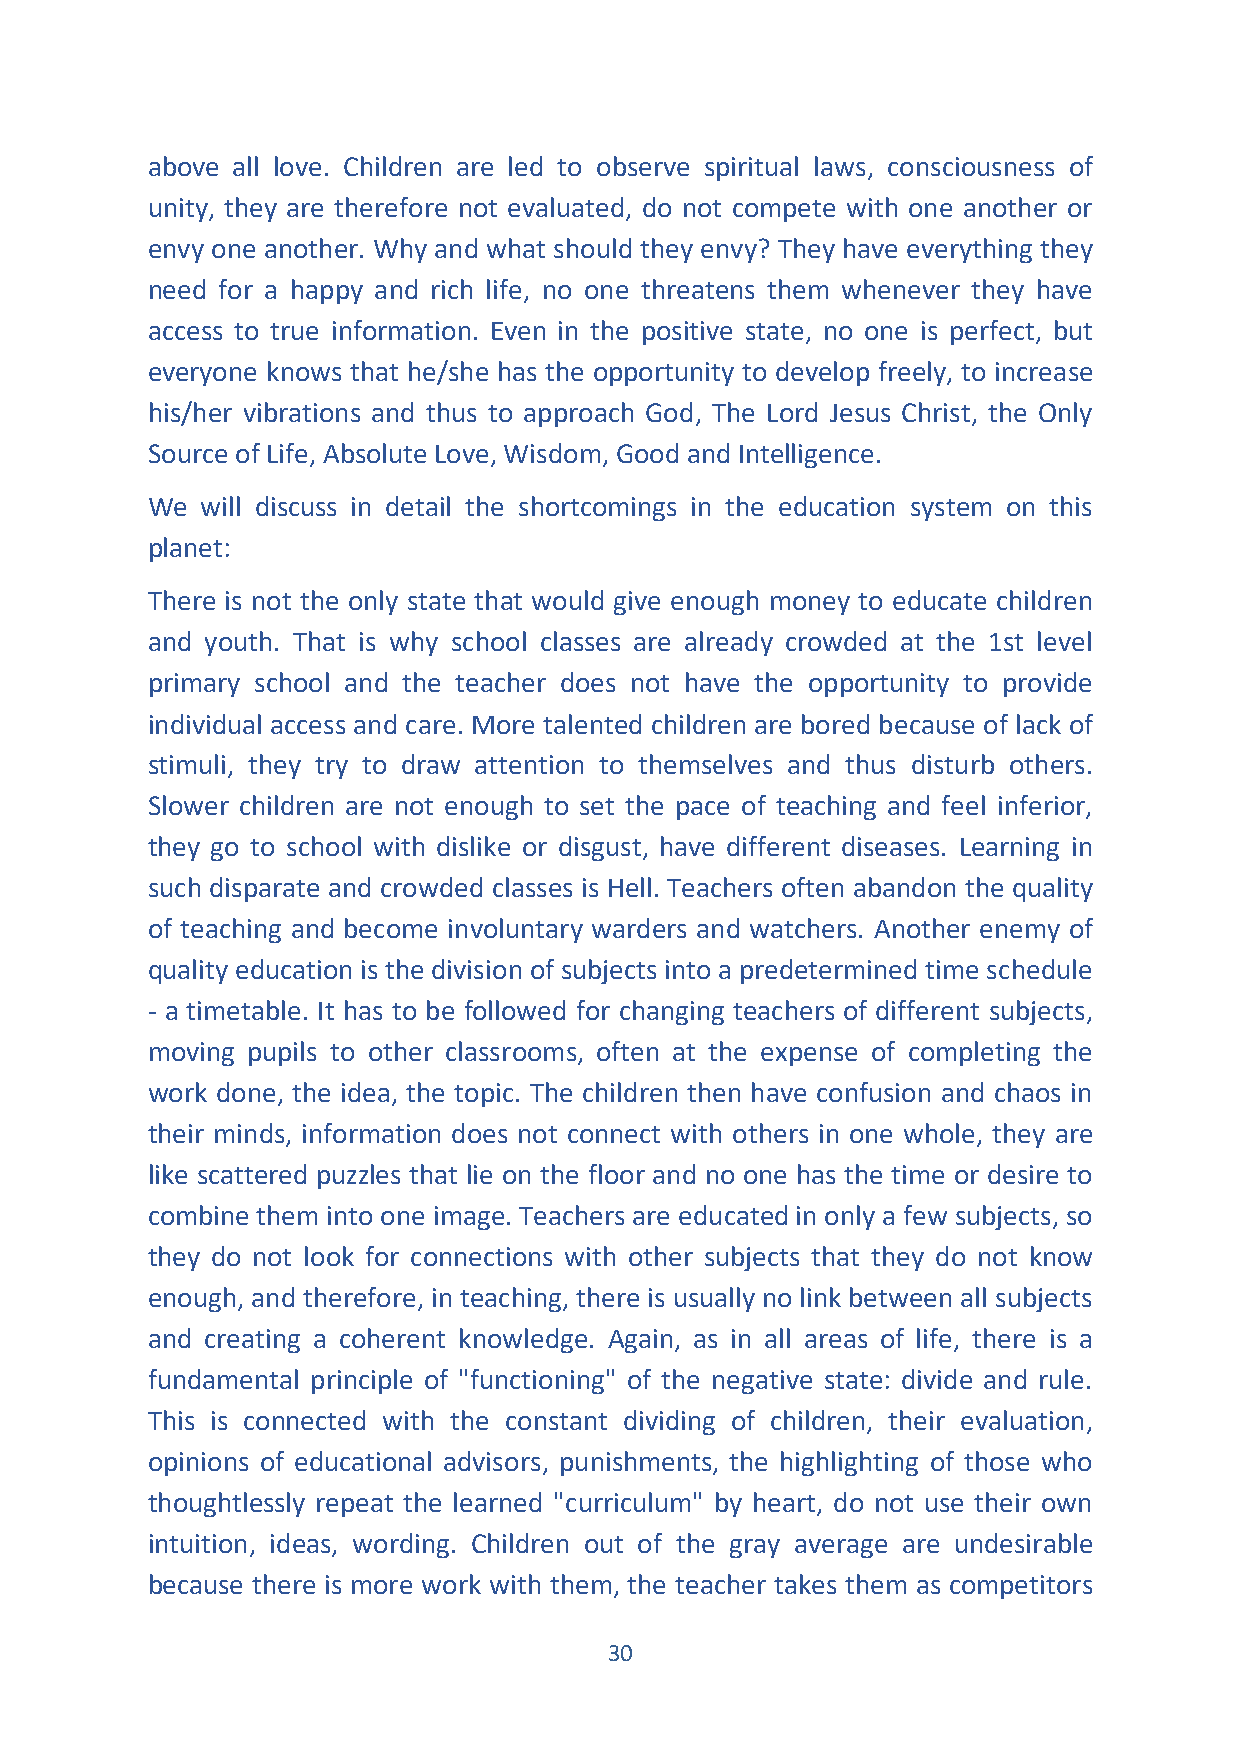
above all love. Children are led to observe spiritual laws, consciousness of
 unity, they are therefore not evaluated, do not compete with one another or
 envy one another. Why and what should they envy? They have everything they
 need for a happy and rich life, no one threatens them whenever they have
 access to true information. Even in the positive state, no one is perfect, but
 everyone knows that he/she has the opportunity to develop freely, to increase
 his/her vibrations and thus to approach God, The Lord Jesus Christ, the Only
 Source of Life, Absolute Love, Wisdom, Good and Intelligence.
 We will discuss in detail the shortcomings in the education system on this
 planet:
 There is not the only state that would give enough money to educate children
 and youth. That is why school classes are already crowded at the 1st level
 primary school and the teacher does not have the opportunity to provide
 individual access and care. More talented children are bored because of lack of
 stimuli, they try to draw attention to themselves and thus disturb others.
 Slower children are not enough to set the pace of teaching and feel inferior,
 they go to school with dislike or disgust, have different diseases. Learning in
 such disparate and crowded classes is Hell. Teachers often abandon the quality
 of teaching and become involuntary warders and watchers. Another enemy of
 quality education is the division of subjects into a predetermined time schedule
 - a timetable. It has to be followed for changing teachers of different subjects,
 moving pupils to other classrooms, often at the expense of completing the
 work done, the idea, the topic. The children then have confusion and chaos in
 their minds, information does not connect with others in one whole, they are
 like scattered puzzles that lie on the floor and no one has the time or desire to
 combine them into one image. Teachers are educated in only a few subjects, so
 they do not look for connections with other subjects that they do not know
 enough, and therefore, in teaching, there is usually no link between all subjects
 and creating a coherent knowledge. Again, as in all areas of life, there is a
 fundamental principle of "functioning" of the negative state: divide and rule.
 This is connected with the constant dividing of children, their evaluation,
 opinions of educational advisors, punishments, the highlighting of those who
 thoughtlessly repeat the learned "curriculum" by heart, do not use their own
 intuition, ideas, wording. Children out of the gray average are undesirable
 because there is more work with them, the teacher takes them as competitors
 30